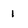
Character: 1